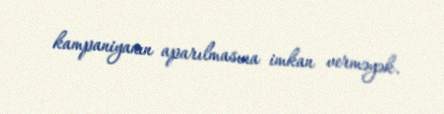
kampaniyanın aparılmasına imkan verməyək.